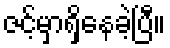
ဇင့်မှာရှိနေခဲ့ပြီ။